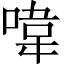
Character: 喡